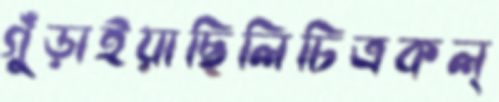
গুঁড়াইয়াছিলিচিত্রকল্